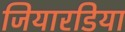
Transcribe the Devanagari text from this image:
जियारडिया